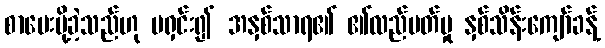
စာပေးပို့ခဲ့သည်ဟု မရှင်း၍ အနှစ်သာရ၏ ၏လည်ပတ်မှု နှစ်သိန်းကျော်ခန့်